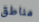
مناطق